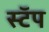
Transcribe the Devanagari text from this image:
स्टॅप